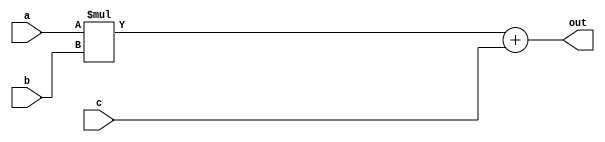
//-------------------------------------------------------
//  Functionality: A 4-bit multiply-acculumate circuit
//-------------------------------------------------------

module mac_4(a, b, c, out);
parameter DATA_WIDTH = 4;  /* declare a parameter. default required */
input [DATA_WIDTH - 1 : 0] a, b, c;
output [DATA_WIDTH - 1 : 0] out;

assign out = a * b + c;

endmodule